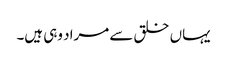
یہاں خلق سے مراد وہی ہیں۔